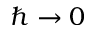
\hbar \rightarrow 0